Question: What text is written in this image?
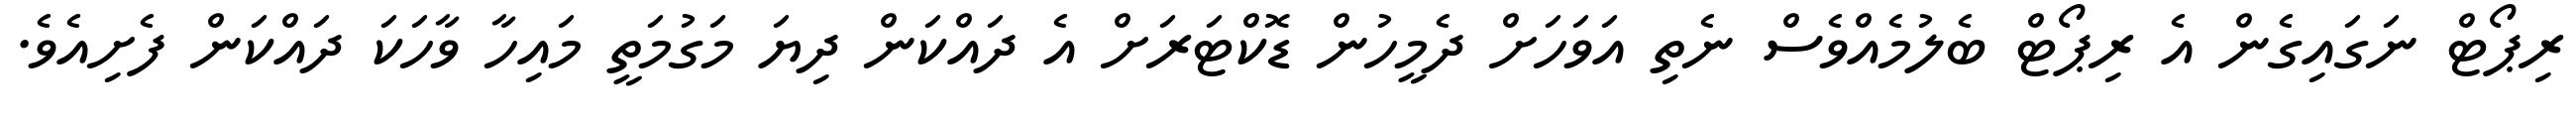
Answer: ރިޕޯޓް ނަގައިގެން އެ ރިޕޯޓް ބެލުމެއްވެސް ނެތި އަވަހަށް ދެމީހުން ޑޮކްޓަރަށް އެ ދައްކަން ދިޔަ މަގުމަތީ މައިހާ ވާހަކަ ދައްކަން ފެށިއެވެ.